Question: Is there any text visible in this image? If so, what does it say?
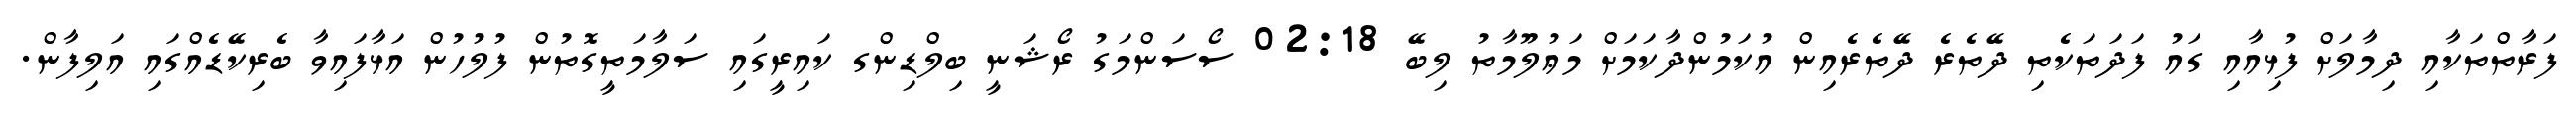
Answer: ފަރާތްތަކާއި ދިމާލަށް ފުޅިއާއި ގައު ފަދަތަކެތި ދޭތެރެ ދޭތެރެއިން އުކަމުންދާކަމަށް މަޢުލޫމާތު ލިބޭ 02:18 ސޯސަންމަގު ރޯޝަނީ ބިލްޑިންގ ކައިރީގައި ސަލާމަތީގޮތުން ފުލުހުން އަޅާފައިވާ ބެރިކޭޑެއްގައި އަލިފާން.